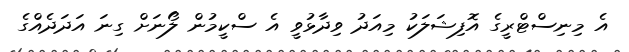
އެ މިނިސްޓްރީގެ އޮފިޝަލަކު މިއަދު ވިދާޅުވީ އެ ސްކީމުން ލޯނަށް ގިނަ އަދަދެއްގެ